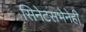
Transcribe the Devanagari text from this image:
सिनेटसभेनेही